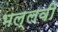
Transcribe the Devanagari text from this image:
भल्लवी